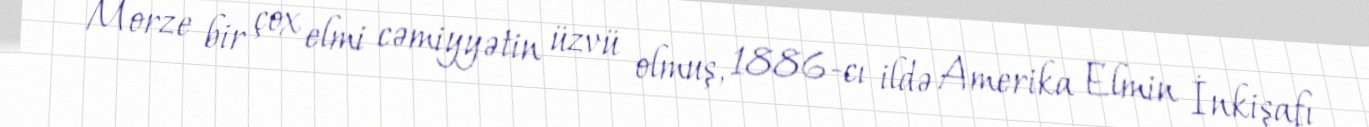
Morze bir çox elmi cəmiyyətin üzvü olmuş, 1886-cı ildə Amerika Elmin İnkişafı